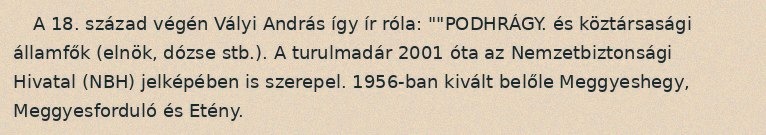
A 18. század végén Vályi András így ír róla: ""PODHRÁGY. és köztársasági államfők (elnök, dózse stb.). A turulmadár 2001 óta az Nemzetbiztonsági Hivatal (NBH) jelképében is szerepel. 1956-ban kivált belőle Meggyeshegy, Meggyesforduló és Etény.